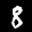
Label: 8